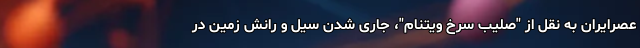
عصرایران به نقل از "صلیب سرخ ویتنام"، جاری شدن سیل و رانش زمین در